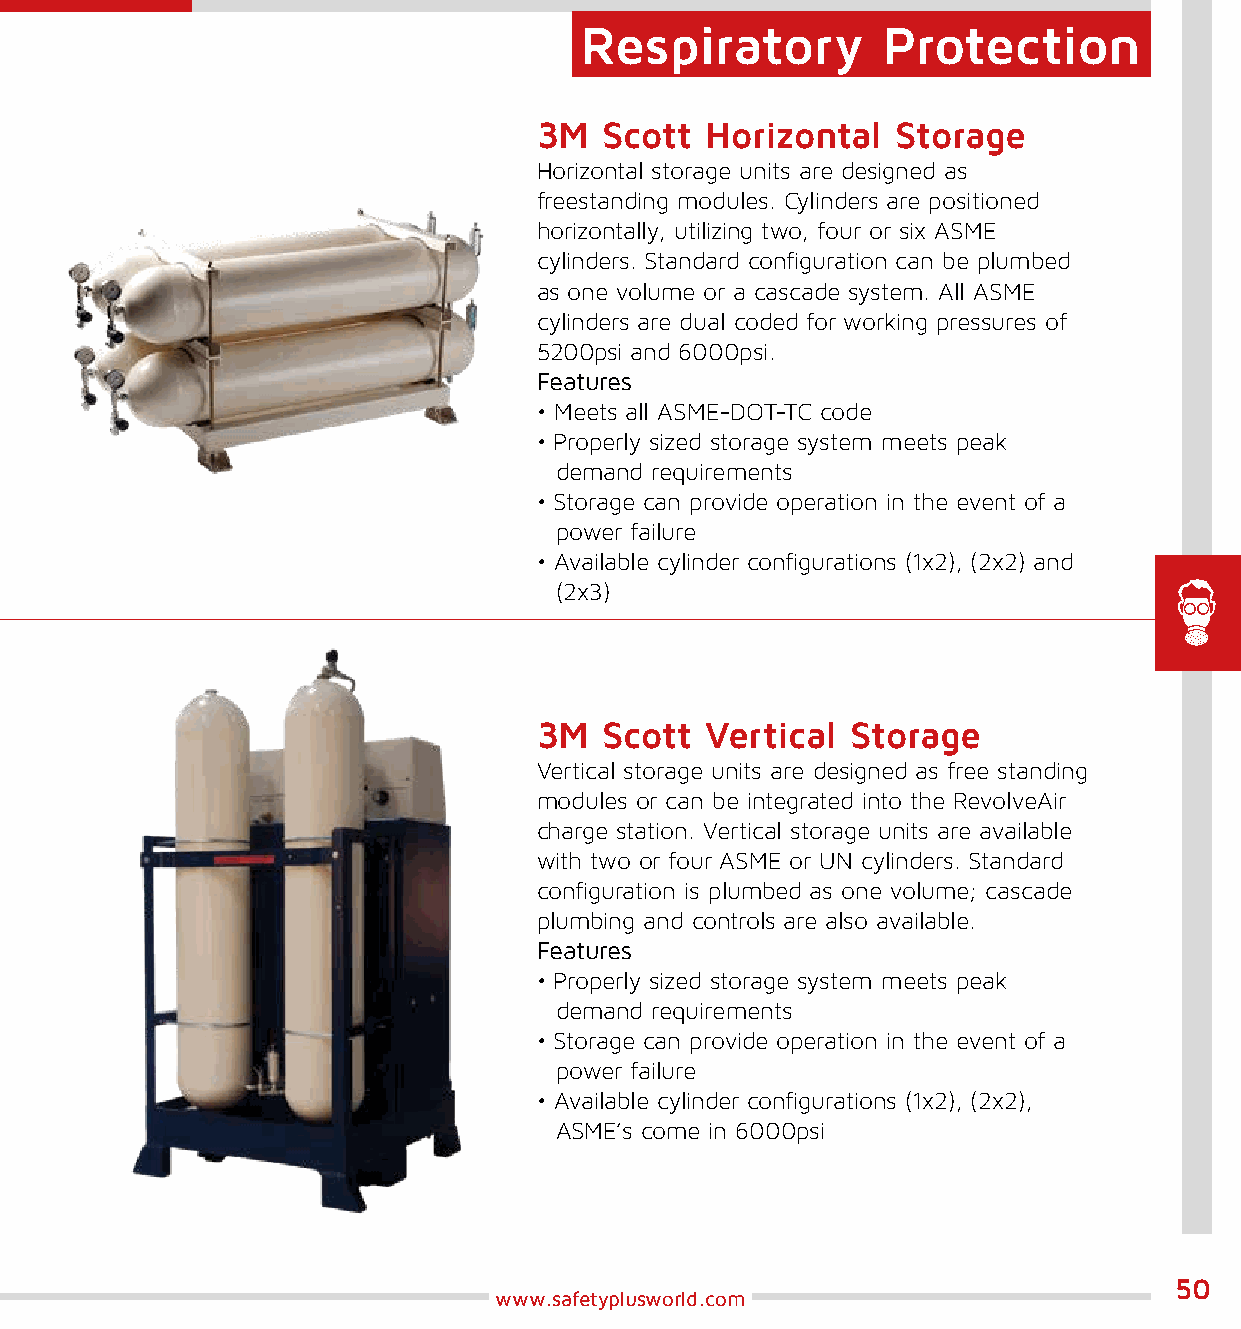
Respiratory         Protection
 3M  Scott  Horizontal  Storage
 Horizontal storage units are designed as
 freestanding modules. Cylinders are positioned
 horizontally, utilizing two, four or six ASME
 cylinders. Standard configuration can be plumbed
 as one volume or a cascade system. All ASME
 cylinders are dual coded for working pressures of
 5200psi and 6000psi.
 Features
 • Meets all ASME-DOT-TC code
 • Properly sized storage system meets peak
 demand requirements
 • Storage can provide operation in the event of a
 power failure
 • Available cylinder configurations (1x2), (2x2) and
 (2x3)
 3M  Scott  Vertical Storage
 Vertical storage units are designed as free standing
 modules or can be integrated into the RevolveAir
 charge station. Vertical storage units are available
 with two or four ASME or UN cylinders. Standard
 configuration is plumbed as one volume; cascade
 plumbing and controls are also available.
 Features
 • Properly sized storage system meets peak
 demand requirements
 • Storage can provide operation in the event of a
 power failure
 • Available cylinder configurations (1x2), (2x2),
 ASME’s come in 6000psi
 50
 www.safetyplusworld.com